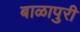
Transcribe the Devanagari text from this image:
बाळापुरी